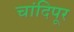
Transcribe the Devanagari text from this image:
चांदिपूर